Annual administration report of the Civil Veterinary Department of India - 1899-1900
Year: 1899
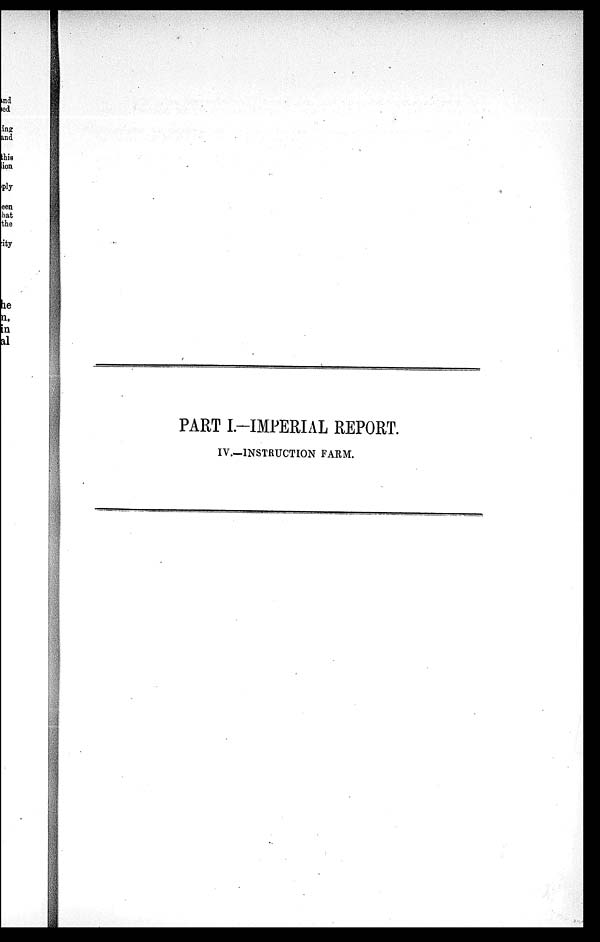
PART I.-IMPERIAL REPORT.
IV.—INSTRUCTION FARM.